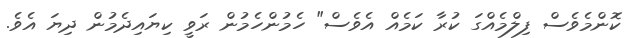
ކޮންމެވެސް ފިލްމެއްގަ ކުރާ ކަމެއް އެވެސް" ހެމުންހެމުން ރަވީ ކިޔައިދެމުން ދިޔަ އެވެ.